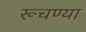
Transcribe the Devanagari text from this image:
रूचण्या